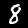
Label: 8